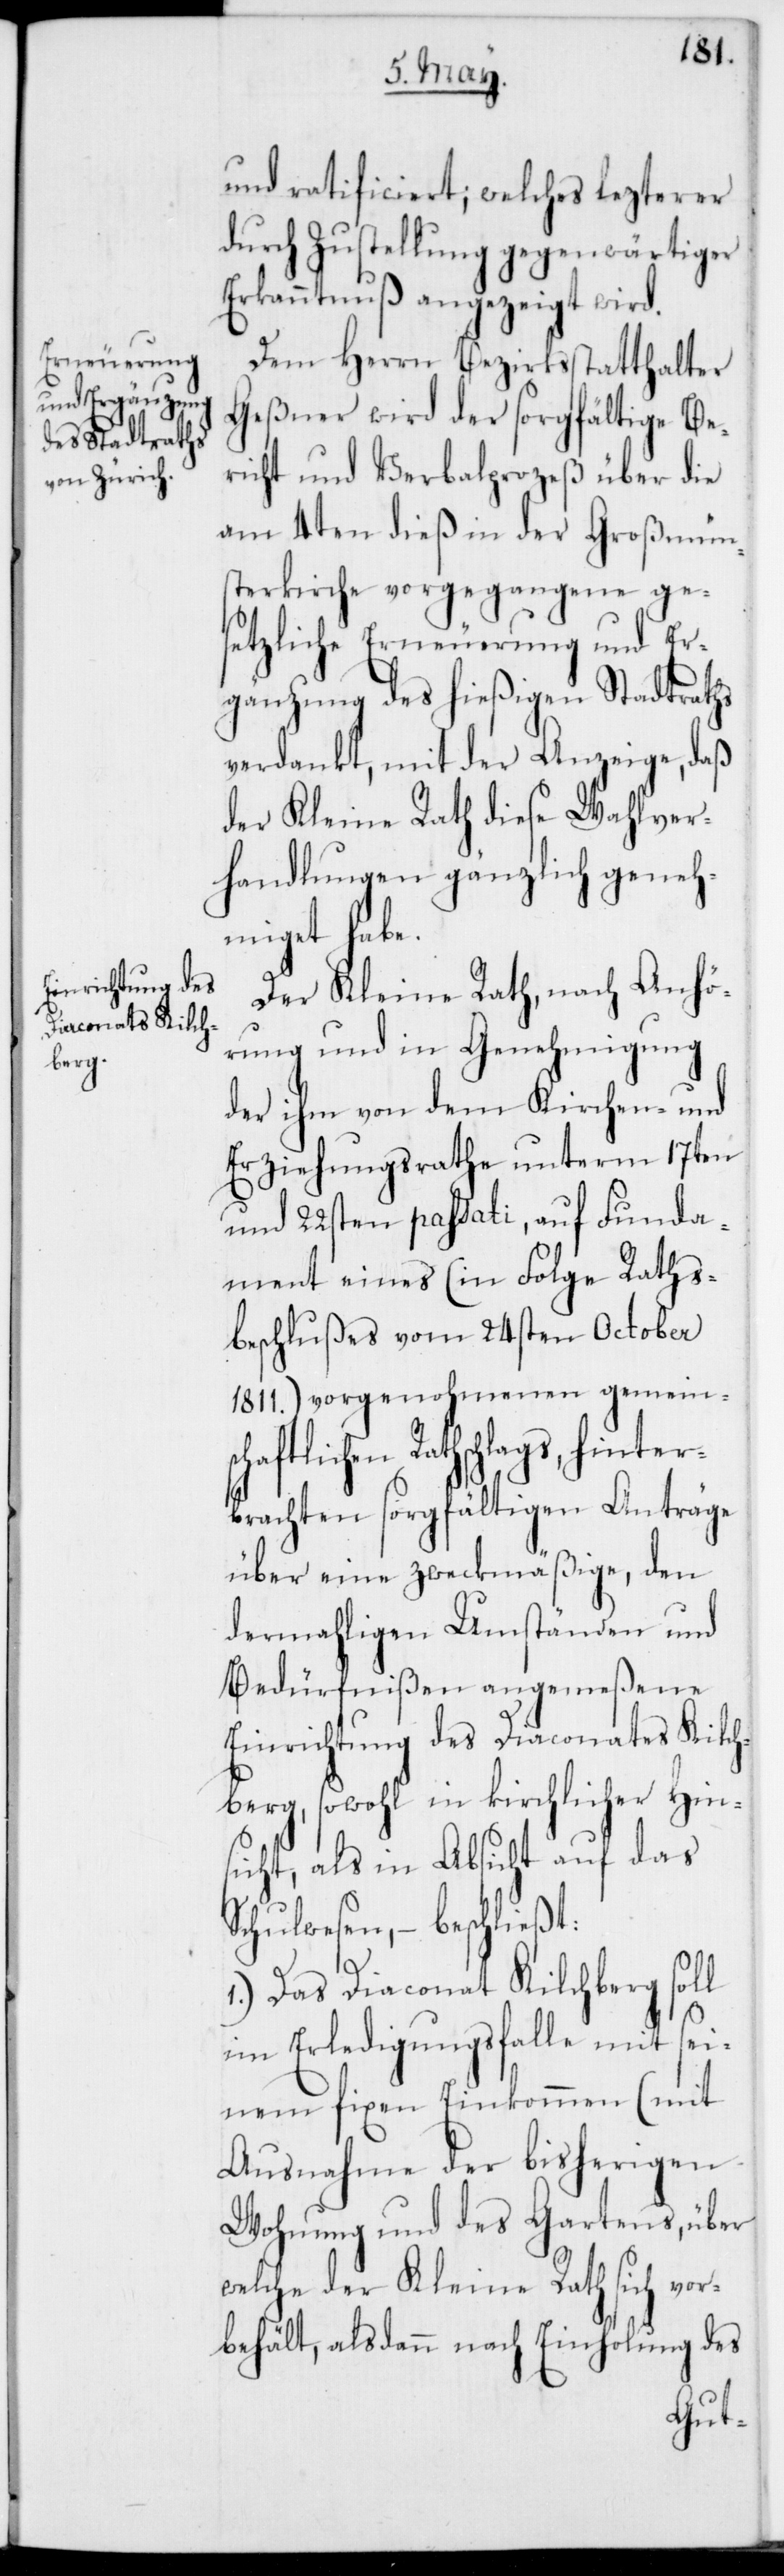
und ratificiert; welches lezterer
durch Zustellung gegenwärtiger
Erkanntnuß angezeigt wird.
Dem Herrn Bezirksstatthalter
Geßner wird der sorgfältige Be¬
richt und Verbalprozeß über die
am 4ten dieß in der Großmün¬
sterkirche vorgegangene ge¬
setzliche Erneuerung und Er¬
gänzung des hießigen Stadtraths
verdankt, mit der Anzeige, daß
der Kleine Rath diese Wahlver¬
handlungen gänzlich geneh¬
miget habe.
Der Kleine Rath, nach Anhö¬
rung und in Genehmigung
der ihm von dem Kirchen- und
Erziehungsrathe unterm 17ten
und 22sten passati, auf Funda¬
ment eines (in Folge Rats¬
beschlußes vom 24sten October
1811.) vorgenohmenen gemeinsc¬
hschlags, hinter¬
brachten sorgfältigen Anträge
über eine zweckmäßige, den
dermahligen Umständen und
Bedürfnißen angemeßene
Einrichtung des Diaconates Kilch¬
berg, sowohl in kirchlicher Hin¬
sicht, als in Absicht auf das
Schulwesen, – beschließt:
1.) Das Diaconat Kilchberg soll
im Erledigungsfalle mit sei¬
nem fixen Einkommen (mit
Ausnahme der bisherigen
Wohnung und des Gartens, über
welche der Kleine Rath sich vor¬
behält, alsdann nach Einholung des